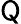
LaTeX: \mathsf Q